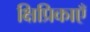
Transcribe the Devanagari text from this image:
क्षिप्रिकाएँ